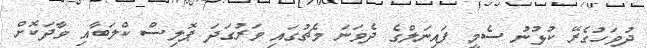
ދުވަހުގެރޭ ކުޅުނު ސެމީ ފައިނަލްގެ ދެވަނަ މެޗުގައި ވަރުގަދަ ޕޮލިސް ކްލަބާއި ވާދަކޮށް